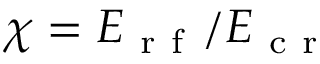
\chi = E _ { \mathrm { ~ r ~ f ~ } } / E _ { \mathrm { ~ c ~ r ~ } }